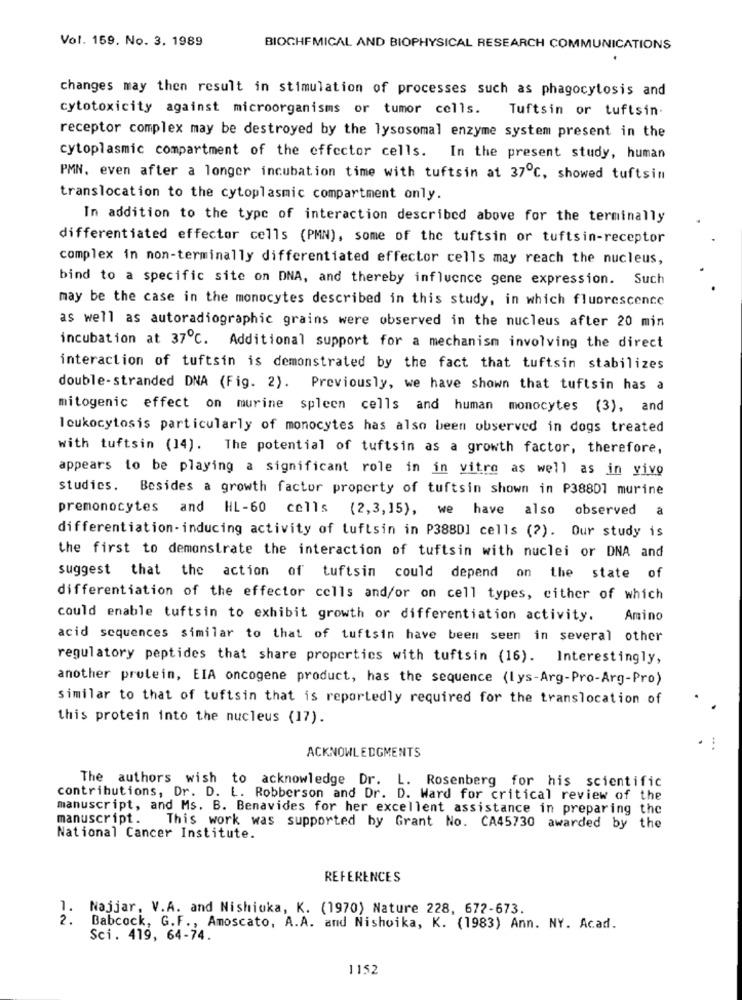
Vol. 159. No. 3. 1989
BIOCHEMICAL AND BIOPHYSICAL RESEARCH COMMUNICATIONS
changes may then result in stimulation of processes such as phagocytosis and
cytotoxicity against microorganisms or tumor cells.
Tuftsin or tuftsin.
receptor complex may be destroyed by the lysosomal enzyme system present in the
cytoplasmic compartment of the effector cells. In the present study, human
PMN, even after a longer incubation time with tuftsin at 37℃, showed tuftsin
translocation to the cytoplasmic compartment only.
In addition to the type of interaction described above for the terminally
differentiated effector cells (PMN), some of the tuftsin or tuftsin-receptor
complex in non-terminally differentiated effector cells may reach the nucleus,
bind to a specific site on DNA, and thereby influence gene expression. Such
may be the case in the monocytes described in this study, in which fluorescence
as well as autoradiographic grains were observed in the nucleus after 20 min
incubation at 37℃. Additional support for a mechanism involving the direct
interaction of tuftsin is demonstrated by the fact that tuftsin stabilizes
double-stranded DNA (Fig. 2). Previously, we have shown that tuftsin has a
mitogenic effect on murine spleen cells and human monocytes (3), and
leukocytosis particularly of monocytes has also been observed in dogs treated
with tuftsin (14). The potential of tuftsin as a growth factor, therefore,
appears to be playing a significant role in in vitro as well as in vivo
studies. Besides a growth factor property of tuftsin shown in P38801 murine
premonocytes and HL-60 cells (2,3,15), we have also observed a
differentiation-inducing activity of tuftsin in P388D1 cells (?). Our study is
the first to demonstrate the interaction of tuftsin with nuclei or DNA and
suggest that the action of tuftsin could depend on the state of
differentiation of the effector cells and/or on cell types, cither of which
could enable tuftsin to exhibit growth or differentiation activity. Amino
acid sequences similar to that of tuftsin have been seen in several other
regulatory peptides that share properties with tuftsin (16). Interestingly,
another protein, EIA oncogene product, has the sequence (lys-Arg-Pro-Arg-Pro)
similar to that of tuftsin that is reportedly required for the translocation of
this protein into the nucleus (17).
ACKNOWLEDGMENTS
The authors wish to acknowledge Dr. L. Rosenberg for his scientific
contributions, Dr. D. L. Robberson and Dr. D. Ward for critical review of the
manuscript, and Ms. B. Benavides for her excellent assistance in preparing the
manuscript.
This work was supported by Grant No. CA45730 awarded by the
National Cancer Institute.
REFERENCES
1. Najjar, V.A. and Nishioka, K. (1970) Nature 228, 672-673.
2.
Babcock, G.F ., Amoscato, A.A. and Nishoika, K. (1983) Ann. NY. Acad.
Sci. 419, 64-74.
1152